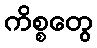
ကိစ္စတွေ